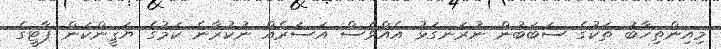
މިއިންތިޚާބު ތަކުގެ ސަބަބުން ނުރަނގަޅު އެއްވެސް އަސަރެއް ނުކުރާނެ ކަމުގެ ޔަޤީންކަން ޕާޓީގެ